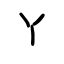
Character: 丫